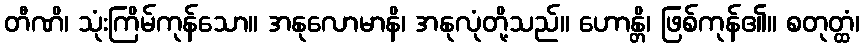
တီဏိ၊ သုံးကြိမ်ကုန်သော။ အနုလောမာနိ၊ အနုလုံတို့သည်။ ဟောန္တိ၊ ဖြစ်ကုန်၏။ စတုတ္ထံ၊